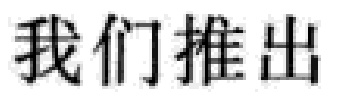
我们推出